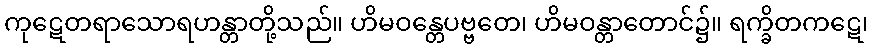
ကုဋေတရာသောရဟန္တာတို့သည်။ ဟိမဝန္တေပဗ္ဗတေ၊ ဟိမဝန္တာတောင်၌။ ရက္ခိတကဋေ၊